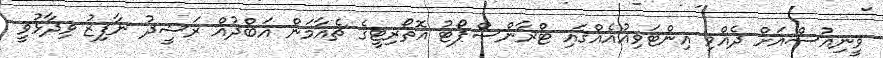
ވީނިއުސްއަށް ދެއްވި އިންޓަވިއުއެއްގައި ޓްރާންސްޕޯޓު އޮތޯރިޓީގެ ޗެއާމަން އަބްދުއް ރަޝީދު ނާފިޒު ވިދާޅުވީ